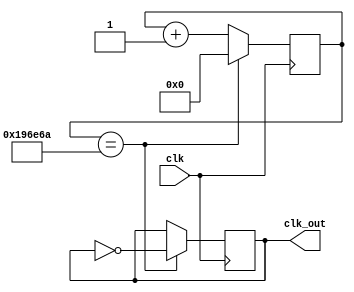
module divfrec(
		clk , 
		clk_out
    );

input clk;
output reg clk_out;
parameter freq = 100000000;
parameter freq_out = 30;
localparam max_count = freq/(2*freq_out);
reg [20:0] count;

initial begin
count='d0;
clk_out=0;
end

always @(posedge clk) begin

	if(count == (max_count)) begin
		clk_out = ~clk_out;
		count = 0;
	end
	else
	count=count+1;
end

endmodule